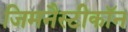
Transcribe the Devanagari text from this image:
जिमनैस्टीकॉन